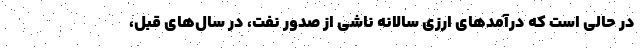
در حالی است که درآمدهای ارزی سالانه ناشی از صدور نفت، در سال‌های قبل،